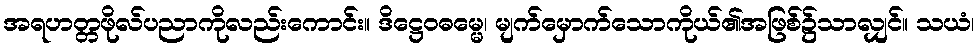
အရဟတ္တဖိုလ်ပညာကိုလည်းကောင်း။ ဒိဋ္ဌေဝဓမ္မေ၊ မျက်မှောက်သောကိုယ်၏အဖြစ်၌သာလျှင်။ သယံ၊